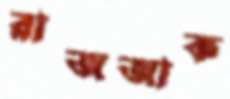
রাজজাক